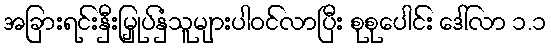
အခြားရင်းနှီးမြှုပ်နှံသူများပါဝင်လာပြီး စုစုပေါင်း ဒေါ်လာ ၁.၁